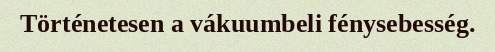
Történetesen a vákuumbeli fénysebesség.